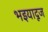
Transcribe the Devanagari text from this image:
भइयादूज